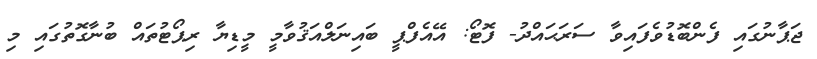
ޖަޕާނުގައި ފެންބޮޑުވެފައިވާ ސަރަޙައްދު- ފޮޓޯ: އޭއެފްޕީ ބައިނަލްއަޤުވާމީ މީޑިޔާ ރިޕޯޓުތައް ބުނާގޮތުގައި މި